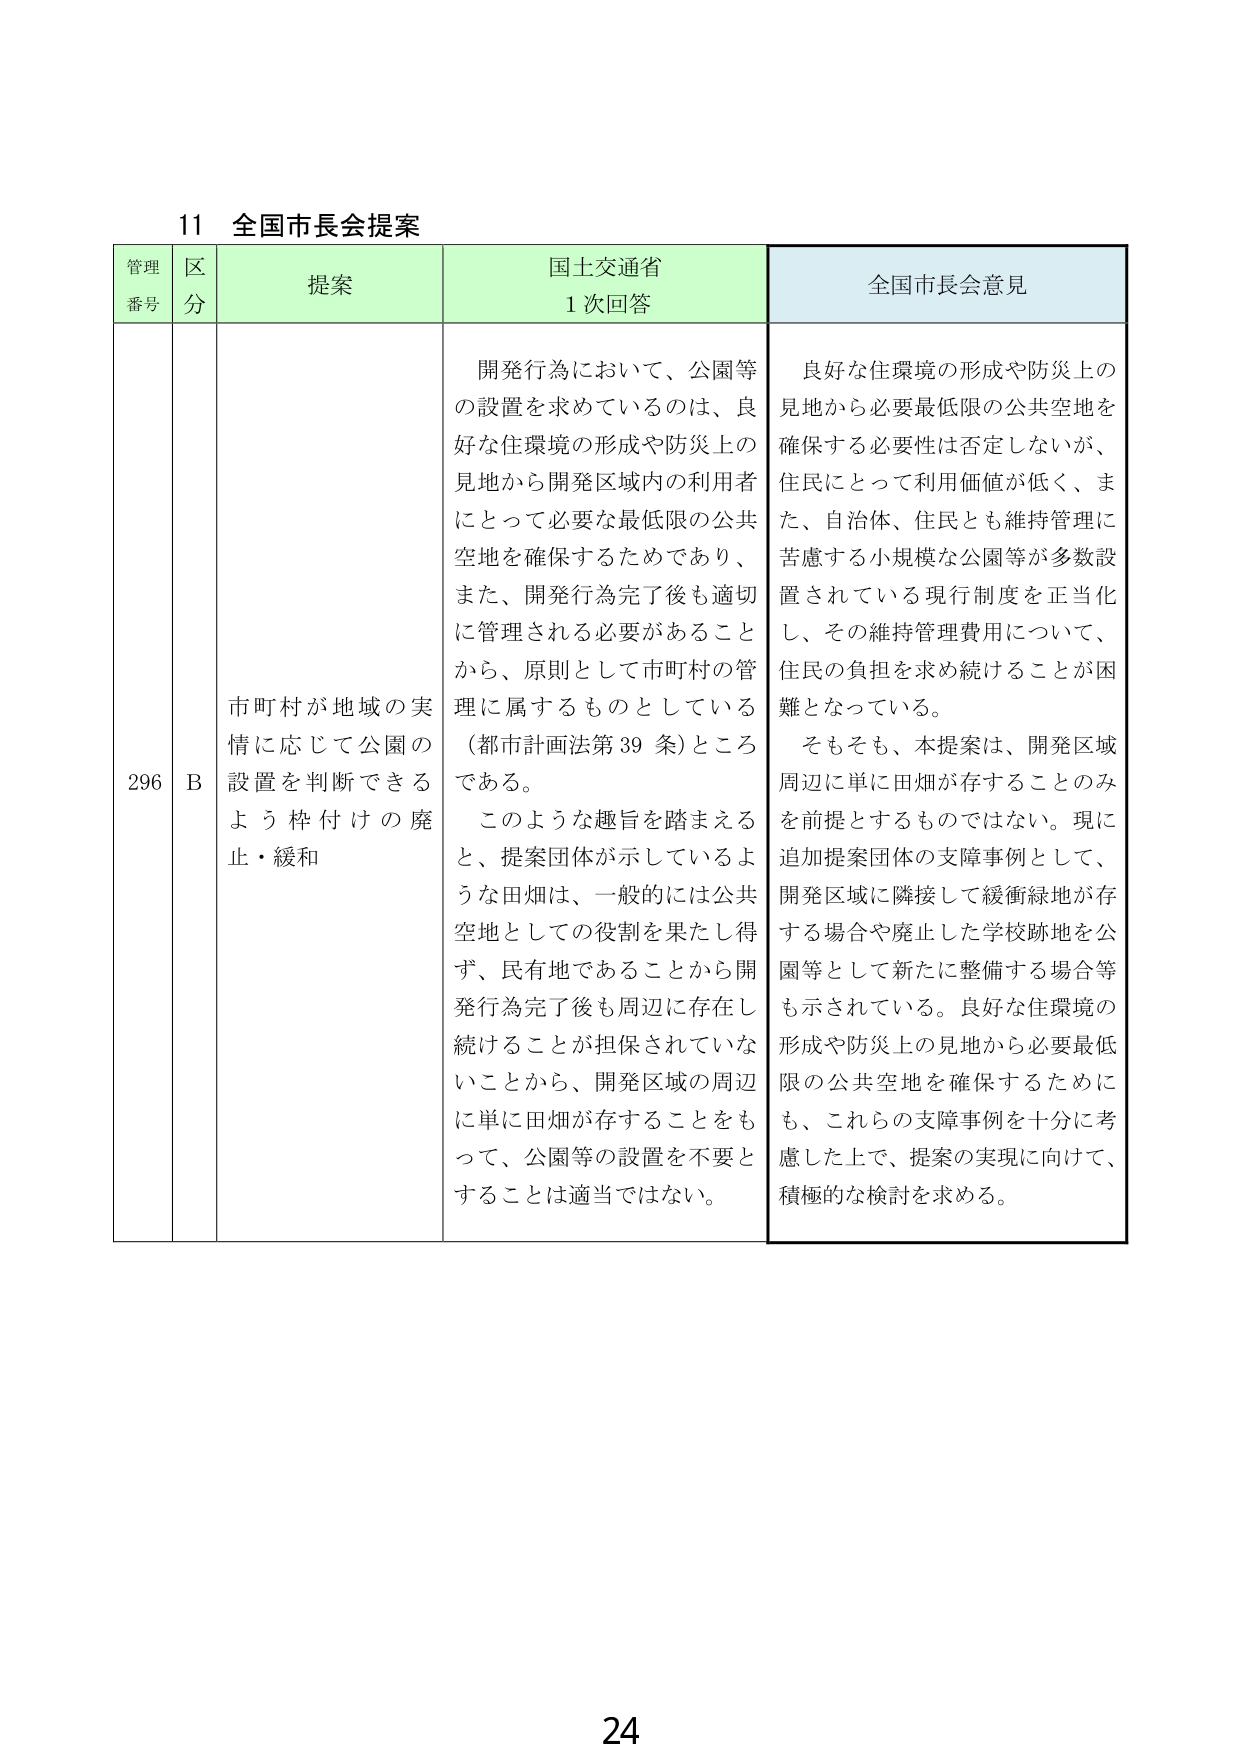
11 全国市長会提案

管理番号 区分 提案 国土交通省 1次回答 全国市長会意見

296 B 市町村が地域の実情に応じて公園の設置を判断できるよう枠付けの廃止・緩和

開発行為において、公園等の設置を求めているのは、良好な住環境の形成や防災上の見地から開発区域内の利用者にとって必要な最低限の公共空地を確保するためであり、また、開発行為完了後も適切に管理される必要があることから、原則として市町村の管理に属するものとしている（都市計画法第39条）ところである。

このような趣旨を踏まえると、提案団体が示しているような田畑は、一般的には公共空地としての役割を果たし得ず、民有地であることから開発行為完了後も周辺に存在し続けることが担保されていないことから、開発区域の周辺に単に田畑が存することをもって、公園等の設置を不要とすることは適当ではない。

良好な住環境の形成や防災上の見地から必要最低限の公共空地を確保する必要性は否定しないが、住民にとって利用価値が低く、また、自治体、住民とも維持管理に苦慮する小規模な公園等が多数設置されている現行制度を正当化し、その維持管理費用について、住民の負担を求め続けることが困難となっている。

そもそも、本提案は、開発区域周辺に単に田畑が存することのみを前提とするものではない。現に追加提案団体の支障事例として、開発区域に隣接して緩衝緑地が存する場合や廃止した学校跡地を公園等として新たに整備する場合等も示されている。良好な住環境の形成や防災上の見地から必要最低限の公共空地を確保するためにも、これらの支障事例を十分に考慮した上で、提案の実現に向けて、積極的な検討を求める。

24